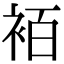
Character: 袹